Reports on military cantonments and civil stations in the Presidency of Bombay inspected by the Sanitary Commissioner in the years 1875 and 1876
Year: 1875
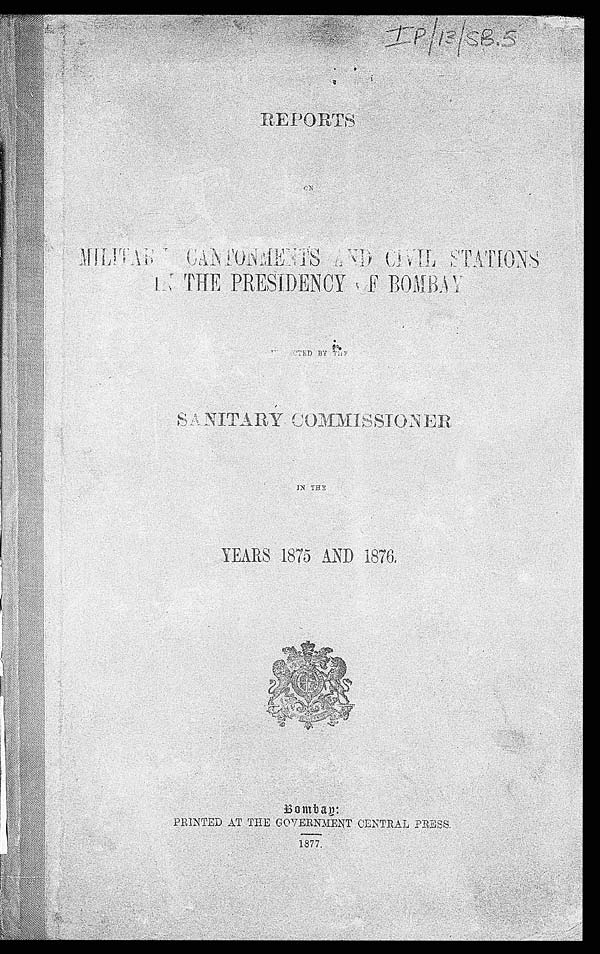
IP|13|SB.5
REPORTS
ON MILITARY CANTONMETNS AND CIVIL STATIONS
IN THE PRESIDENCY OF BOMBAY
INSPECTED BY THE
SANITARY COMMISSIONER
IN THE
YEARS 1875 AND 1876.
Bombay: PRINTED AT THE GOVERNMENT CENTRAL PRESS.
1877.